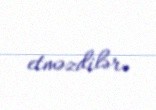
etməzdilər.